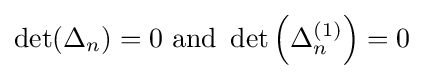
\det(\Delta _{n})=0\ \mathrm {and} \ \det \left(\Delta _{n}^{(1)}\right)=0